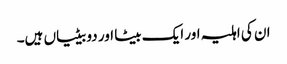
ان کی اہلیہ اور ایک بیٹا اور دو بیٹیاں ہیں۔